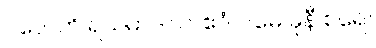
ပလေတိ ရသမာဒါယ၊ ဧဝံ ဂါမေ မုနီ စရေ။